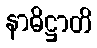
နာဓိဋ္ဌာတိ